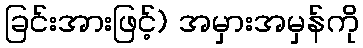
ခြင်းအားဖြင့်) အမှားအမှန်ကို